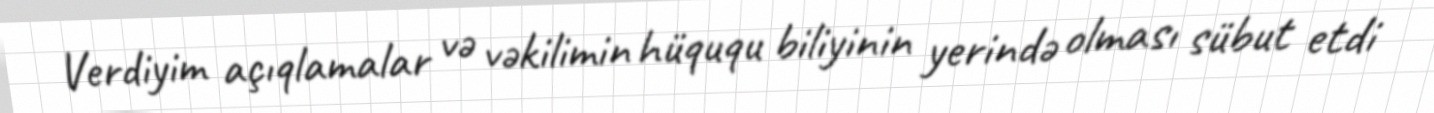
Verdiyim açıqlamalar və vəkilimin hüququ biliyinin yerində olması sübut etdi